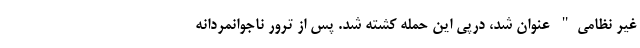
غیر نظامی" عنوان شد، درپی این حمله کشته شد. پس از ترور ناجوانمردانه